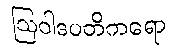
ဩဝါဒပတိကရော